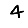
Digit: 4